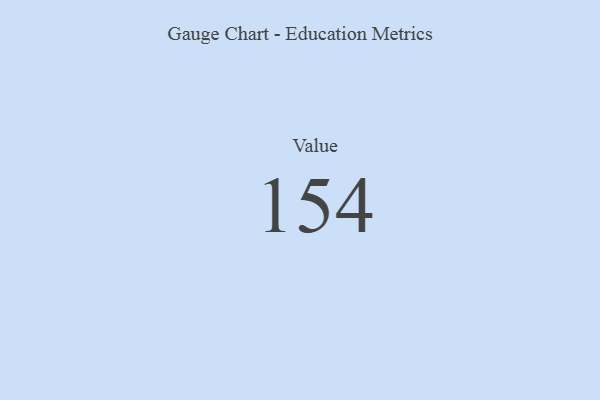
{"axis": {"x": "Metric", "y": "Value"}, "legend": [""], "data": [{"x": "Value", "y": 154, "type": ""}]}